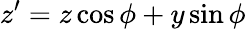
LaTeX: z^{\prime}=z\cos\phi+y\sin\phi